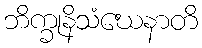
ဘိက္ခုနိသံဃေနာတိ